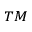
^ { T M }